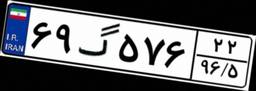
۱۹گ۳۸۹۶۹